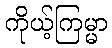
ကိုယ့်ကြမ္မာ